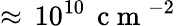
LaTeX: \approx\, 10^{10}\, \mathrm{~c~m~}^{-2}